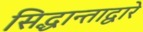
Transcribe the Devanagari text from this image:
सिद्धान्ताद्वारे